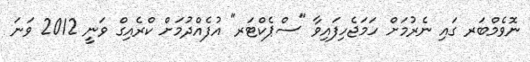
ނޮވެމްބަރ ގައި ނެރުމަށް ހަމަޖެހިފައިވާ "ސްޕެކްޓަރ" އުފެއްދުމަށް ކްރެއިގް ވަނީ 2012 ވަނަ